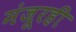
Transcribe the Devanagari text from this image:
मंजूरही